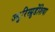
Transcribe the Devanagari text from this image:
ज्युरिस्प्रुडेंशिया